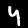
Label: 4